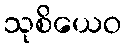
သုစိယေဝ